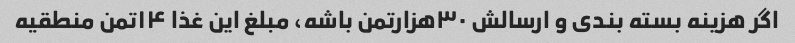
اگر هزینه بسته بندی و ارسالش ۳۰هزارتمن باشه، مبلغ این غذا ۱۴تمن منطقیه